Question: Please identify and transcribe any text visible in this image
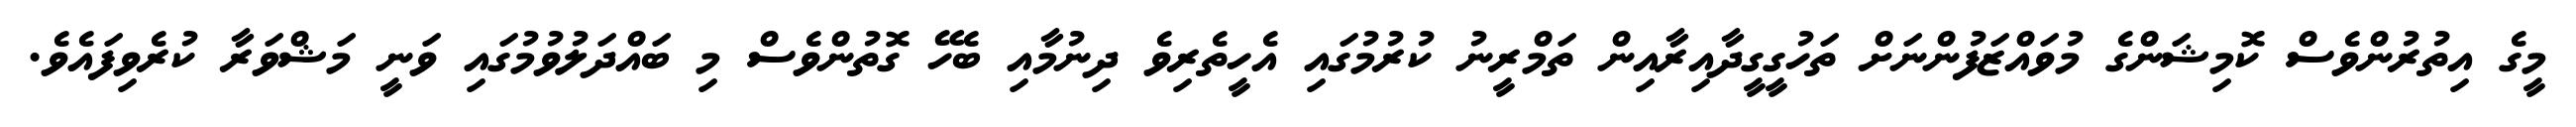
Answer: މީގެ އިތުރުންވެސް ކޮމިޝަންގެ މުވައްޒަފުންނަށް ތަހުގީގީދާއިރާއިން ތަމްރީނު ކުރުމުގައި އެހީތެރިވެ ދިނުމާއި ބެހޭ ގޮތުންވެސް މި ބައްދަލުވުމުގައި ވަނީ މަޝްވަރާ ކުރެވިފައެވެ.